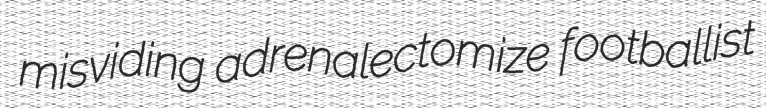
misviding adrenalectomize footballist